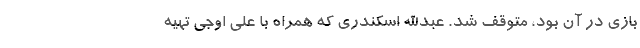
بازی در آن بود، متوقف شد. عبدالله اسکندری که همراه با علی اوجی تهیه